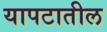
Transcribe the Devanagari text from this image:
यापटातील